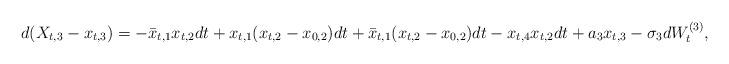
LaTeX: \begin{align*}d(X_{t,3} - x_{t,3}) = -\bar{x}_{t,1}x_{t,2}dt + x_{t,1}(x_{t,2} - x_{0,2})dt + \bar{x}_{t,1}(x_{t,2} - x_{0,2})dt - x_{t,4}x_{t,2}dt + a_3 x_{t,3} - \sigma_3 dW_t^{(3)},\end{align*}